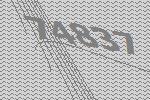
74837